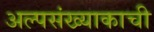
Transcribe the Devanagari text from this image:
अल्पसंख्याकाची